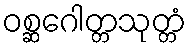
ဝစ္ဆဂေါတ္တသုတ္တံ